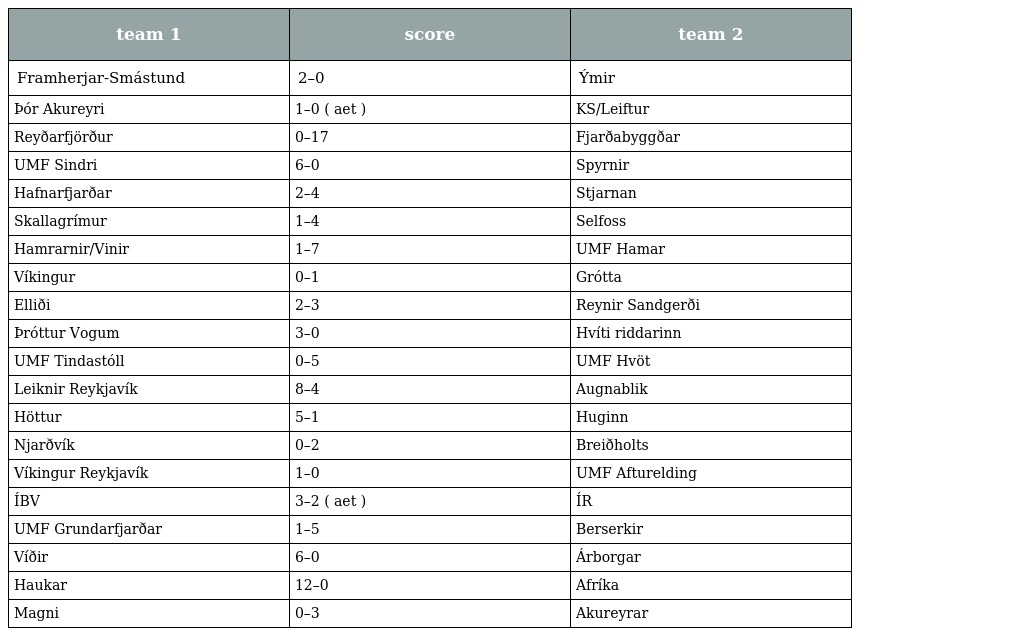
| team 1 | score | team 2 |
 | --- | --- | --- |
 | Framherjar-Smástund | 2–0 | Ýmir |
 | Þór Akureyri | 1–0 ( aet ) | KS/Leiftur |
 | Reyðarfjörður | 0–17 | Fjarðabyggðar |
 | UMF Sindri | 6–0 | Spyrnir |
 | Hafnarfjarðar | 2–4 | Stjarnan |
 | Skallagrímur | 1–4 | Selfoss |
 | Hamrarnir/Vinir | 1–7 | UMF Hamar |
 | Víkingur | 0–1 | Grótta |
 | Elliði | 2–3 | Reynir Sandgerði |
 | Þróttur Vogum | 3–0 | Hvíti riddarinn |
 | UMF Tindastóll | 0–5 | UMF Hvöt |
 | Leiknir Reykjavík | 8–4 | Augnablik |
 | Höttur | 5–1 | Huginn |
 | Njarðvík | 0–2 | Breiðholts |
 | Víkingur Reykjavík | 1–0 | UMF Afturelding |
 | ÍBV | 3–2 ( aet ) | ÍR |
 | UMF Grundarfjarðar | 1–5 | Berserkir |
 | Víðir | 6–0 | Árborgar |
 | Haukar | 12–0 | Afríka |
 | Magni | 0–3 | Akureyrar |